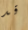
قد